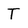
Character: T